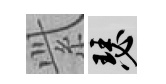
𬗋瑟